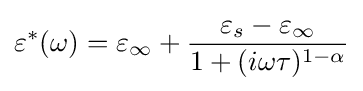
\varepsilon ^{*}(\omega )=\varepsilon _{\infty }+{\frac {\varepsilon _{s}-\varepsilon _{\infty }}{1+(i\omega \tau )^{1-\alpha }}}